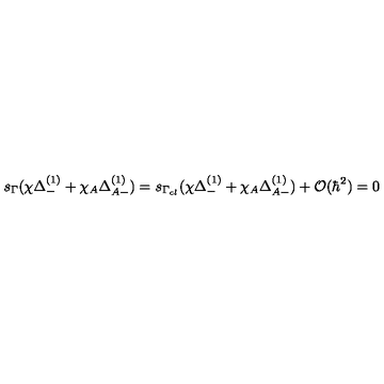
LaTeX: s _ { \Gamma } ( \chi \Delta _ { - } ^ { ( 1 ) } + \chi _ { A } \Delta _ { A - } ^ { ( 1 ) } ) = s _ { \Gamma _ { c l } } ( \chi \Delta _ { - } ^ { ( 1 ) } + \chi _ { A } \Delta _ { A - } ^ { ( 1 ) } ) + { \cal O } ( \hbar ^ { 2 } ) = 0